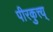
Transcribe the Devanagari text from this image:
पीरकुत्त्य्